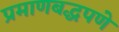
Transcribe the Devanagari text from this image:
प्रमाणबद्धपणे